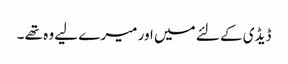
ڈیڈی کے لئے میں اور میرے لیے وہ تھے ۔